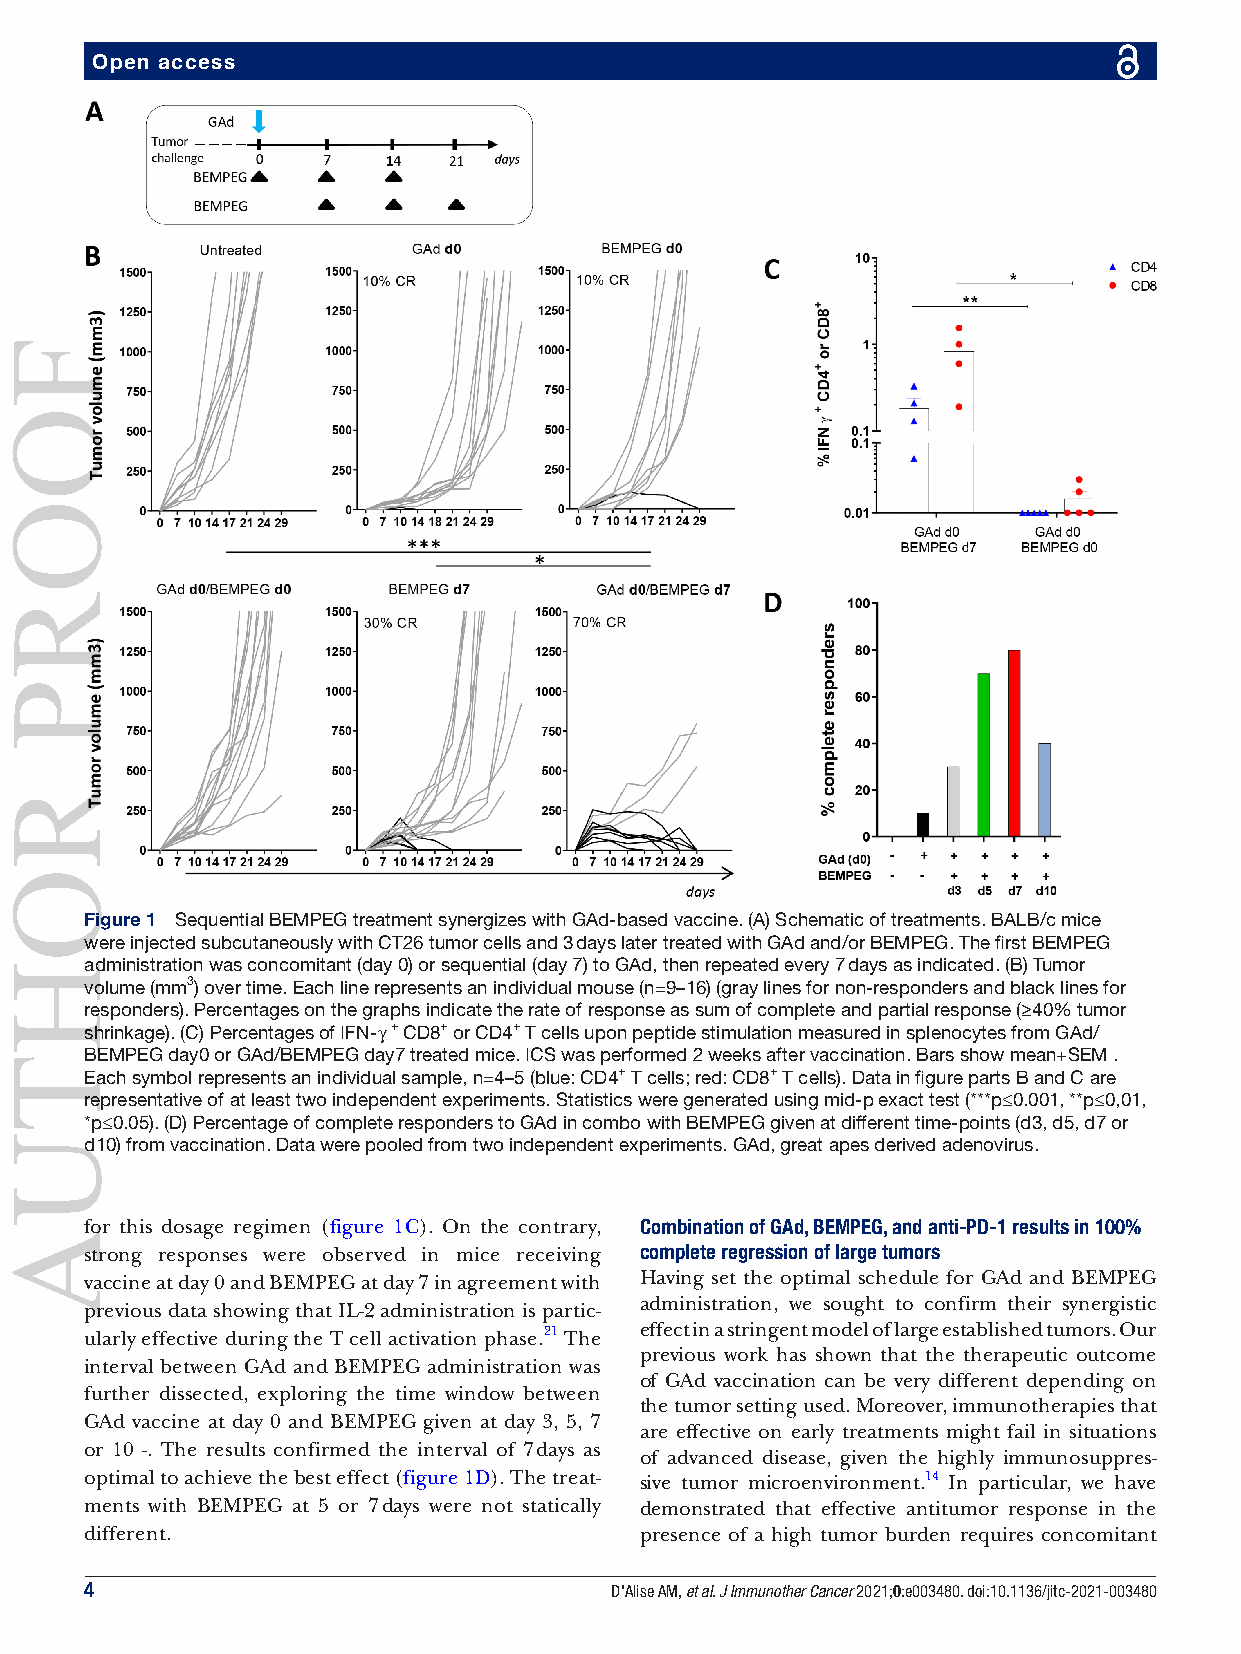
Open access
 Figure 1 Sequential BEMPEG treatment synergizes with GAd- based vaccine. (A) Schematic of treatments. BALB/c mice
 were injected subcutaneously with CT26 tumor cells and 3 days later treated with GAd and/or BEMPEG. The first BEMPEG
 administration was concomitant (day 0) or sequential (day 7) to GAd, then repeated every 7 days as indicated. (B) Tumor
 volume (mm3) over time. Each line represents an individual mouse (n=9–16) (gray lines for non-r esponders and black lines for
 responders). Percentages on the graphs indicate the rate of response as sum of complete and partial response (≥40% tumor
 shrinkage). (C) Percentages of IFN-γ + CD8+ or CD4+ T cells upon peptide stimulation measured in splenocytes from GAd/
 BEMPEG day0 or GAd/BEMPEG day7 treated mice. ICS was performed 2 weeks after vaccination. Bars show mean+SEM .
 Each symbol represents an individual sample, n=4–5 (blue: CD4+ T cells; red: CD8+ T cells). Data in figure parts B and C are
 representative of at least two independent experiments. Statistics were generated using mid-p exact test (***p≤0.001, **p≤0,01,
 *p≤0.05). (D) Percentage of complete responders to GAd in combo with BEMPEG given at different time-p oints (d3, d5, d7 or
 d10) from vaccination. Data were pooled from two independent experiments. GAd, great apes derived adenovirus.
 for this dosage regimen (figure 1C). On the contrary, Combination of GAd, BEMPEG, and anti-PD-1 results in 100%
 strong responses were observed in mice receiving complete regression of large tumors
 vaccine at day 0 and BEMPEG at day 7 in agreement with Having set the optimal schedule for GAd and BEMPEG
 administration, we sought to confirm their synergistic
 previous data showing that IL- 2 administration is partic-
 ularly effective during the T cell activation phase.21 The effect in a stringent model of large established tumors. Our
 previous work has shown that the therapeutic outcome
 interval between GAd and BEMPEG administration was
 of GAd vaccination can be very different depending on
 further dissected, exploring the time window between
 the tumor setting used. Moreover, immunotherapies that
 GAd vaccine at day 0 and BEMPEG given at day 3, 5, 7
 are effective on early treatments might fail in situations
 or 10 -. The results confirmed the interval of 7 days as
 of advanced disease, given the highly immunosuppres-
 optimal to achieve the best effect (figure 1D). The treat- sive tumor microenvironment.14 In particular, we have
 ments with BEMPEG at 5 or 7 days were not statically demonstrated that effective antitumor response in the
 different.                          presence of a high tumor burden requires concomitant
 4                                 D'Alise AM, et al. J Immunother Cancer 2021;0:e003480. doi:10.1136/jitc-2021-003480
 FOORP
 ROHTUA